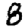
Digit: 8